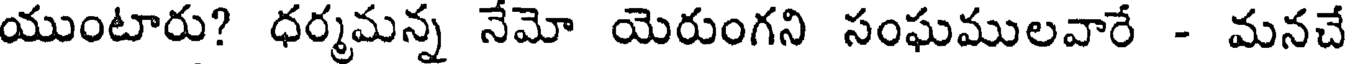
యుంటారు? ధర్మమన్న నేమో యెరుంగని సంఘములవారే - మనచే